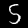
Digit: 5